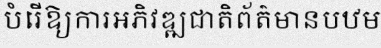
បំរើឱ្យការអភិវឌ្ឍជាតិព័ត៌មានបឋម